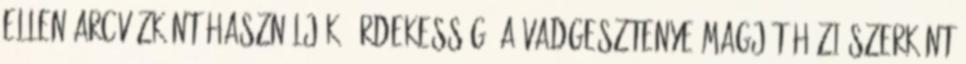
ellen arcvízként használják. Érdekesség: a vadgesztenye magját házi szerként